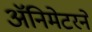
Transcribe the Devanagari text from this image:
ॲनिमेटरने